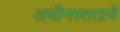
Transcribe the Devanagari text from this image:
अधीनस्ततायें